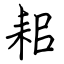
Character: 耜